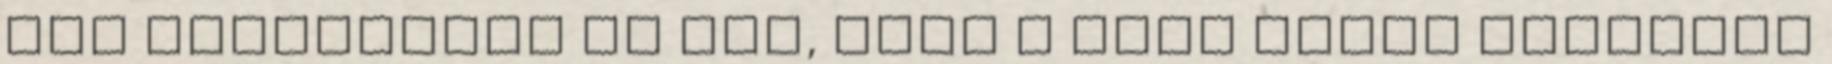
Nem mindennapi az sem, hogy a mise végén többezer